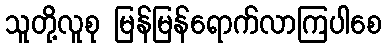
သူတို့လူစု မြန်မြန်ရောက်လာကြပါစေ